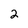
Character: 2